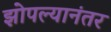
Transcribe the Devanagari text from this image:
झोपल्यानंतर